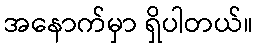
အနောက်မှာ ရှိပါတယ်။